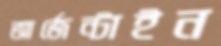
আর্জেন্টাইন